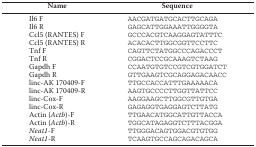
<table><thead><tr><td><b>Name</b></td><td><b>Sequence</b></td></tr></thead><tbody><tr><td>Il6 F</td><td>AACGATGATGCACTTGCAGA</td></tr><tr><td>Il6 R</td><td>GAGCATTGGAAATTGGGGTA</td></tr><tr><td>Ccl5 (RANTES) F</td><td>GCCCACGTCAAGGAGTATTTC</td></tr><tr><td>Ccl5 (RANTES) R</td><td>ACACACTTGGCGGTTCCTTC</td></tr><tr><td>Tnf F</td><td>CAGTTCTATGGCCCAGACCCT</td></tr><tr><td>Tnf R</td><td>CGGACTCCGCAAAGTCTAAG</td></tr><tr><td>Gapdh F</td><td>CCAATGTGTCCGTCGTGGATCT</td></tr><tr><td>Gapdh R</td><td>GTTGAAGTCGCAGGAGACAACC</td></tr><tr><td>linc-AK 170409-F</td><td>TTGCCACCATTTGAAAAACA</td></tr><tr><td>linc-AK 170409-R</td><td>AAGTGCCCCTTGGTTATTCC</td></tr><tr><td>linc-Cox-F</td><td>AAGGAAGCTTGGCGTTGTGA</td></tr><tr><td>linc-Cox-R</td><td>GAGAGGTGAGGAGTCTTATG</td></tr><tr><td>Actin (<i>Actb</i>)-F</td><td>TTGAACATGGCATTGTTACCA</td></tr><tr><td>Actin (<i>Actb</i>)-R</td><td>TGGCATAGAGGTCTTTACGGA</td></tr><tr><td><i>Neat1</i>-F</td><td>TTGGGACAGTGGACGTGTGG</td></tr><tr><td><i>Neat1</i>-R</td><td>TCAAGTGCCAGCAGACAGCA</td></tr></tbody></table>